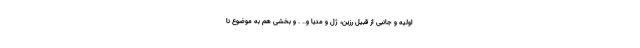
اولیه و جانبی از قبیل رزین، ژل و مدیا و.. . و بخشی هم به موضوع نا